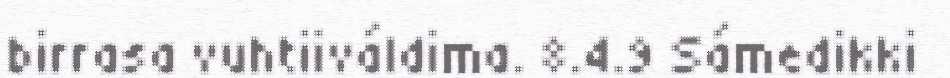
birrasa vuhtiiváldima. 8.4.9 Sámedikki